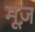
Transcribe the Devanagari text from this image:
मूज़